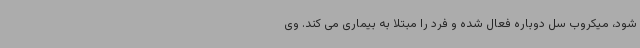
شود، میکروب سل دوباره فعال شده و فرد را مبتلا به بیماری می کند. وی